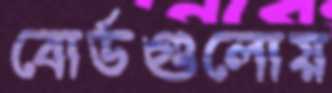
বোর্ডগুলোয়